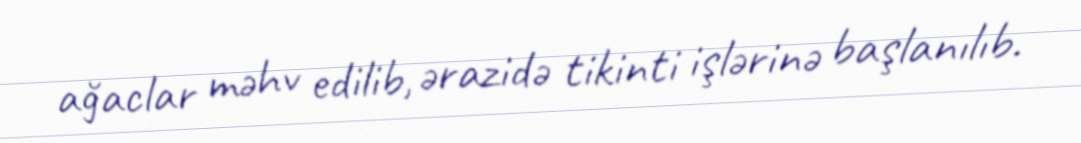
ağaclar məhv edilib, ərazidə tikinti işlərinə başlanılıb.